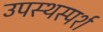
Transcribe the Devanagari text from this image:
उपस्थस्पर्श